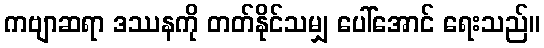
ကဗျာဆရာ ဒဿနကို တတ်နိုင်သမျှ ပေါ်အောင် ရေးသည်။